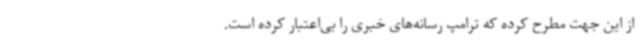
از این جهت مطرح کرده که ترامپ رسانه‌های خبری را بی‌اعتبار کرده است.